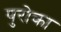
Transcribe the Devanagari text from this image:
पुरोका